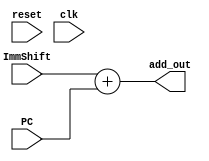
`timescale 1ns / 1ps
//////////////////////////////////////////////////////////////////////////////////
// Company: 
// Engineer: 
// 
// Design Name: 
// Module Name: ALU_add
// Project Name: 
// Target Devices: 
// Tool Versions: 
// Description: 
// 
// Dependencies: 
// 
// Revision:
// Revision 0.01 - File Created
// Additional Comments:
// 
//////////////////////////////////////////////////////////////////////////////////


module ALU_add(
reset,
clk,
ImmShift,
PC,
add_out
    );
    
    input reset;
    input clk;
    input [31:0] ImmShift;
    input [31:0] PC;
    output wire [31:0] add_out;
    
    assign    add_out=ImmShift+PC;

endmodule